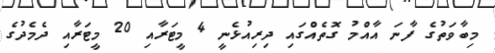
މިބާވަތުގެ ފާނަ އާއްމު ގޮތެއްގައި ދިރިއުޅެނީ 4 މީޓަރާއި 20 މީޓަރާއި ދެމެދުގެ